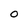
Character: O